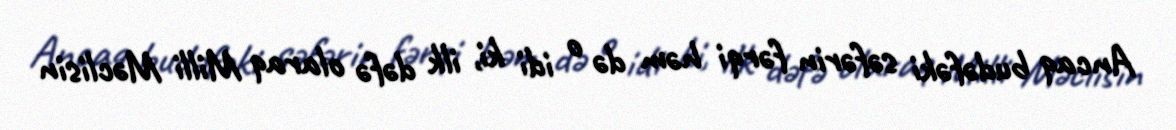
Ancaq budəfəki səfərin fərqi həm də o idi ki, ilk dəfə olaraq Milli Məclisin